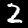
Label: 2